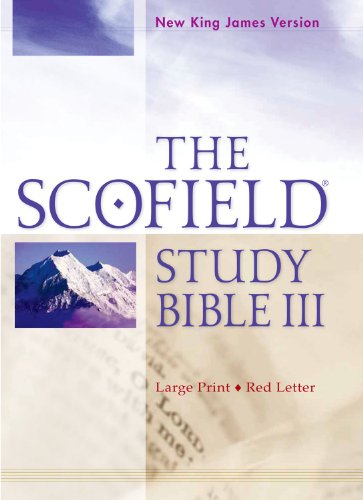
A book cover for The Scofield Study Bible III, NKJV, Large Print Edition; Christian Books & Bibles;